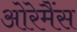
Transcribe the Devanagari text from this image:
ओरेमैंस